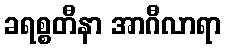
ခရစ္စတီနာ အာဂီလာရာ